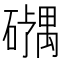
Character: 𪿹